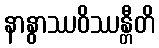
နာနွာဿဝိဿန္တီတိ